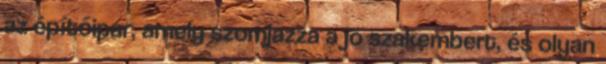
az építőipar, amely szomjazza a jó szakembert, és olyan